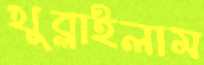
খুব্‌লাইলাম